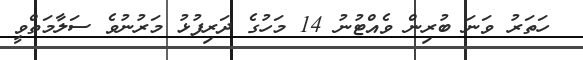
ހަތަރު ވަނަ ބުރިން ވެއްޓުނު 14 މަހުގެ ދަރިފުޅު މަރުނުވެ ސަލާމަތްވީ